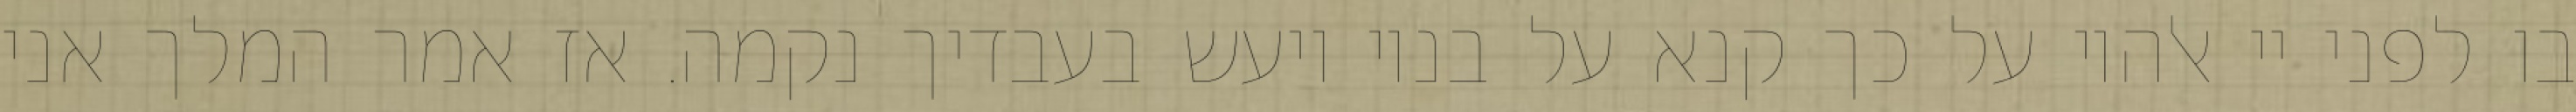
בו לפני יי אלהיו על כך קנא על בניו ויעש בעבדיך נקמה. אז אמר המלך אני